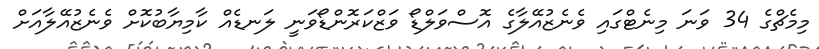
މިމެޗްގެ 34 ވަނަ މިނެޓްގައި ވެނެޒުއޭލާގެ އޮސްވަލްޑޯ ވަޒްކަރޮންޑޯވަނީ ލަނޑެއް ކާމިޔާބުކޮށް ވެނެޒުއޭލާއަށް